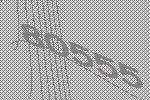
80555